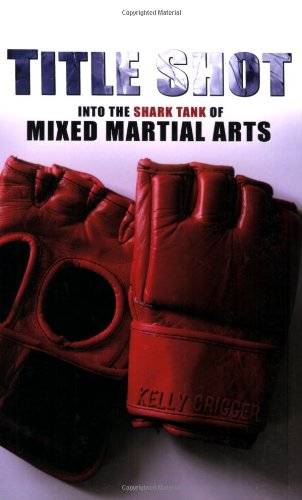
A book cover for Title Shot: Into the Shark Tank of Mixed Martial Arts; Kelly Crigger; Sports & Outdoors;